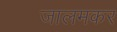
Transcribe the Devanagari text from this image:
जालमकर